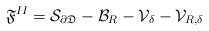
LaTeX: \begin{align*} {\mathfrak F^{II}}={\mathcal S}_{\partial\mathfrak D} -{\mathcal B_R-\mathcal V_\delta-\mathcal V_{R,\delta}}\end{align*}